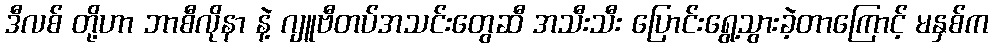
ဒီလစ် တို့ဟာ ဘာစီလိုနာ နဲ့ ဂျူဗီတပ်အသင်းတွေဆီ အသီးသီး ပြောင်းရွေ့သွားခဲ့တာကြောင့် မနှစ်က